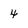
Character: 4